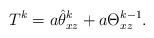
LaTeX: \begin{align*} T^k = a \hat \theta^k_{xz} + a \Theta^{k-1}_{xz}. \end{align*}